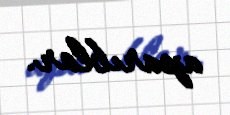
aparıblar.